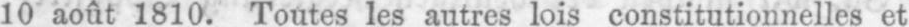
10 août 1810. Toutes les autres lois constitutionnelles et